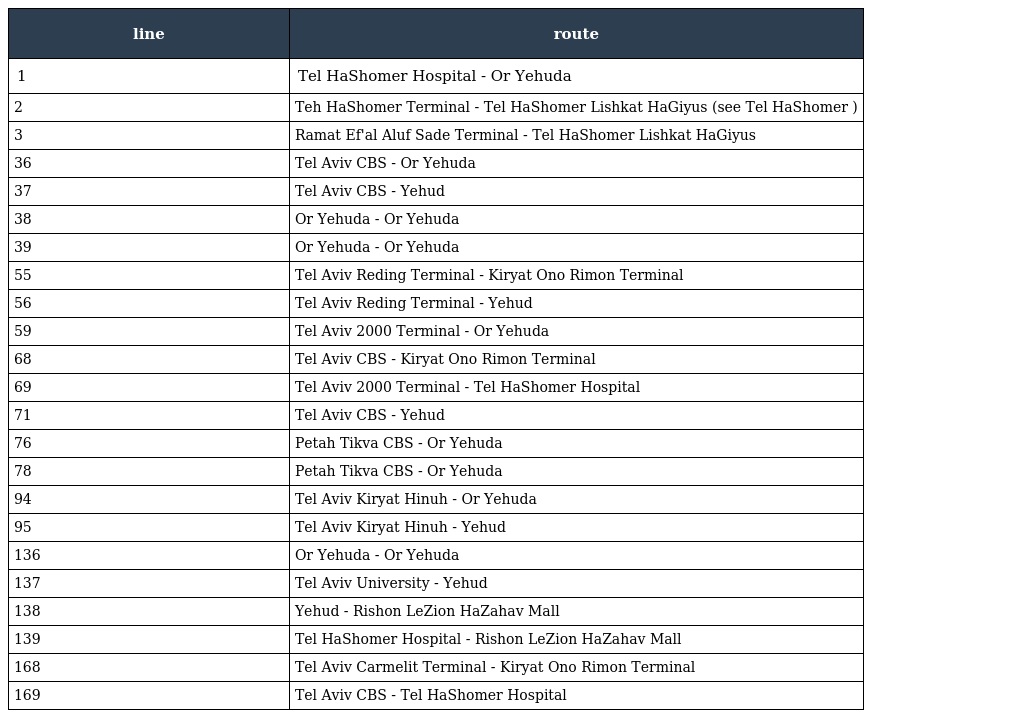
| line | route |
 | --- | --- |
 | 1 | Tel HaShomer Hospital - Or Yehuda |
 | 2 | Teh HaShomer Terminal - Tel HaShomer Lishkat HaGiyus (see Tel HaShomer ) |
 | 3 | Ramat Ef'al Aluf Sade Terminal - Tel HaShomer Lishkat HaGiyus |
 | 36 | Tel Aviv CBS - Or Yehuda |
 | 37 | Tel Aviv CBS - Yehud |
 | 38 | Or Yehuda - Or Yehuda |
 | 39 | Or Yehuda - Or Yehuda |
 | 55 | Tel Aviv Reding Terminal - Kiryat Ono Rimon Terminal |
 | 56 | Tel Aviv Reding Terminal - Yehud |
 | 59 | Tel Aviv 2000 Terminal - Or Yehuda |
 | 68 | Tel Aviv CBS - Kiryat Ono Rimon Terminal |
 | 69 | Tel Aviv 2000 Terminal - Tel HaShomer Hospital |
 | 71 | Tel Aviv CBS - Yehud |
 | 76 | Petah Tikva CBS - Or Yehuda |
 | 78 | Petah Tikva CBS - Or Yehuda |
 | 94 | Tel Aviv Kiryat Hinuh - Or Yehuda |
 | 95 | Tel Aviv Kiryat Hinuh - Yehud |
 | 136 | Or Yehuda - Or Yehuda |
 | 137 | Tel Aviv University - Yehud |
 | 138 | Yehud - Rishon LeZion HaZahav Mall |
 | 139 | Tel HaShomer Hospital - Rishon LeZion HaZahav Mall |
 | 168 | Tel Aviv Carmelit Terminal - Kiryat Ono Rimon Terminal |
 | 169 | Tel Aviv CBS - Tel HaShomer Hospital |